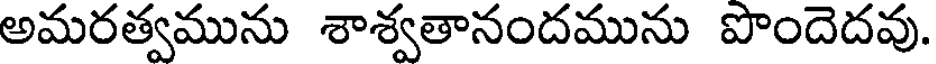
అమరత్వమును శాశ్వతానందమును పొందెదవు.